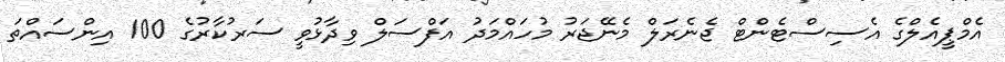
އެމްޕީއެލްގެ އެސިސްޓެންޓް ޖެނެރަލް މެނޭޖަރު މުހައްމަދު އަފްސަލް ވިދާޅުވީ ސަރުކާރުގެ 100 އިންސައްތަ